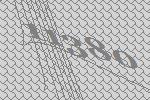
11380